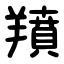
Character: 羵